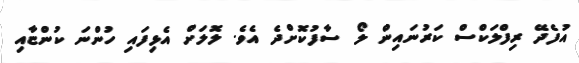
އުފެދޭ ރިފްލަކްސް ކަރުނައިން ލޯ ސާފުކޮށްދެ އެވެ. ލޮލަށް އެޅިފައި ހުންނަ ކުންޏާއި